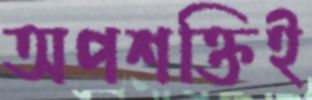
অপশক্তিই